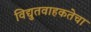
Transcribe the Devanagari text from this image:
विद्युतवाहकतेचा